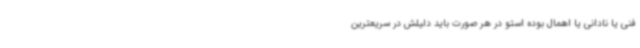
فنی یا نادانی یا اهمال بوده استو در هر صورت باید دلیلش در سریعترین